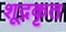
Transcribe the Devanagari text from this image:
शूद्रकृत